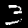
Label: 3